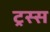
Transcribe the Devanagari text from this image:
ट्रस्स